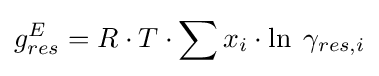
g_{res}^{E}=R\cdot T\cdot \sum {x_{i}\cdot \ln \;\gamma _{res,i}}